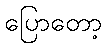
ပြောတော့